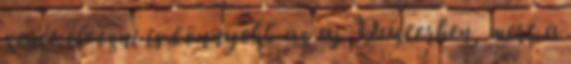
zenét élvezni is könnyebb az új Dusterben, mert a